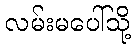
လမ်းမပေါ်သို့